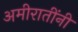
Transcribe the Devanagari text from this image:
अमीरातींनी